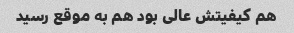
هم کیفیتش عالی بود هم به موقع رسید